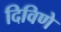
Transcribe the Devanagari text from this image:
दिविणे